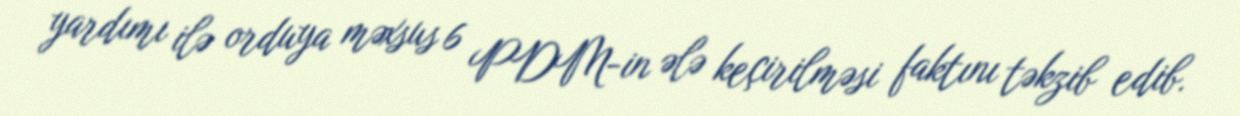
yardımı ilə orduya məxsus 6 PDM-in ələ keçirilməsi faktını təkzib edib.